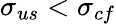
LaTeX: \sigma_{us}<\sigma_{cf}